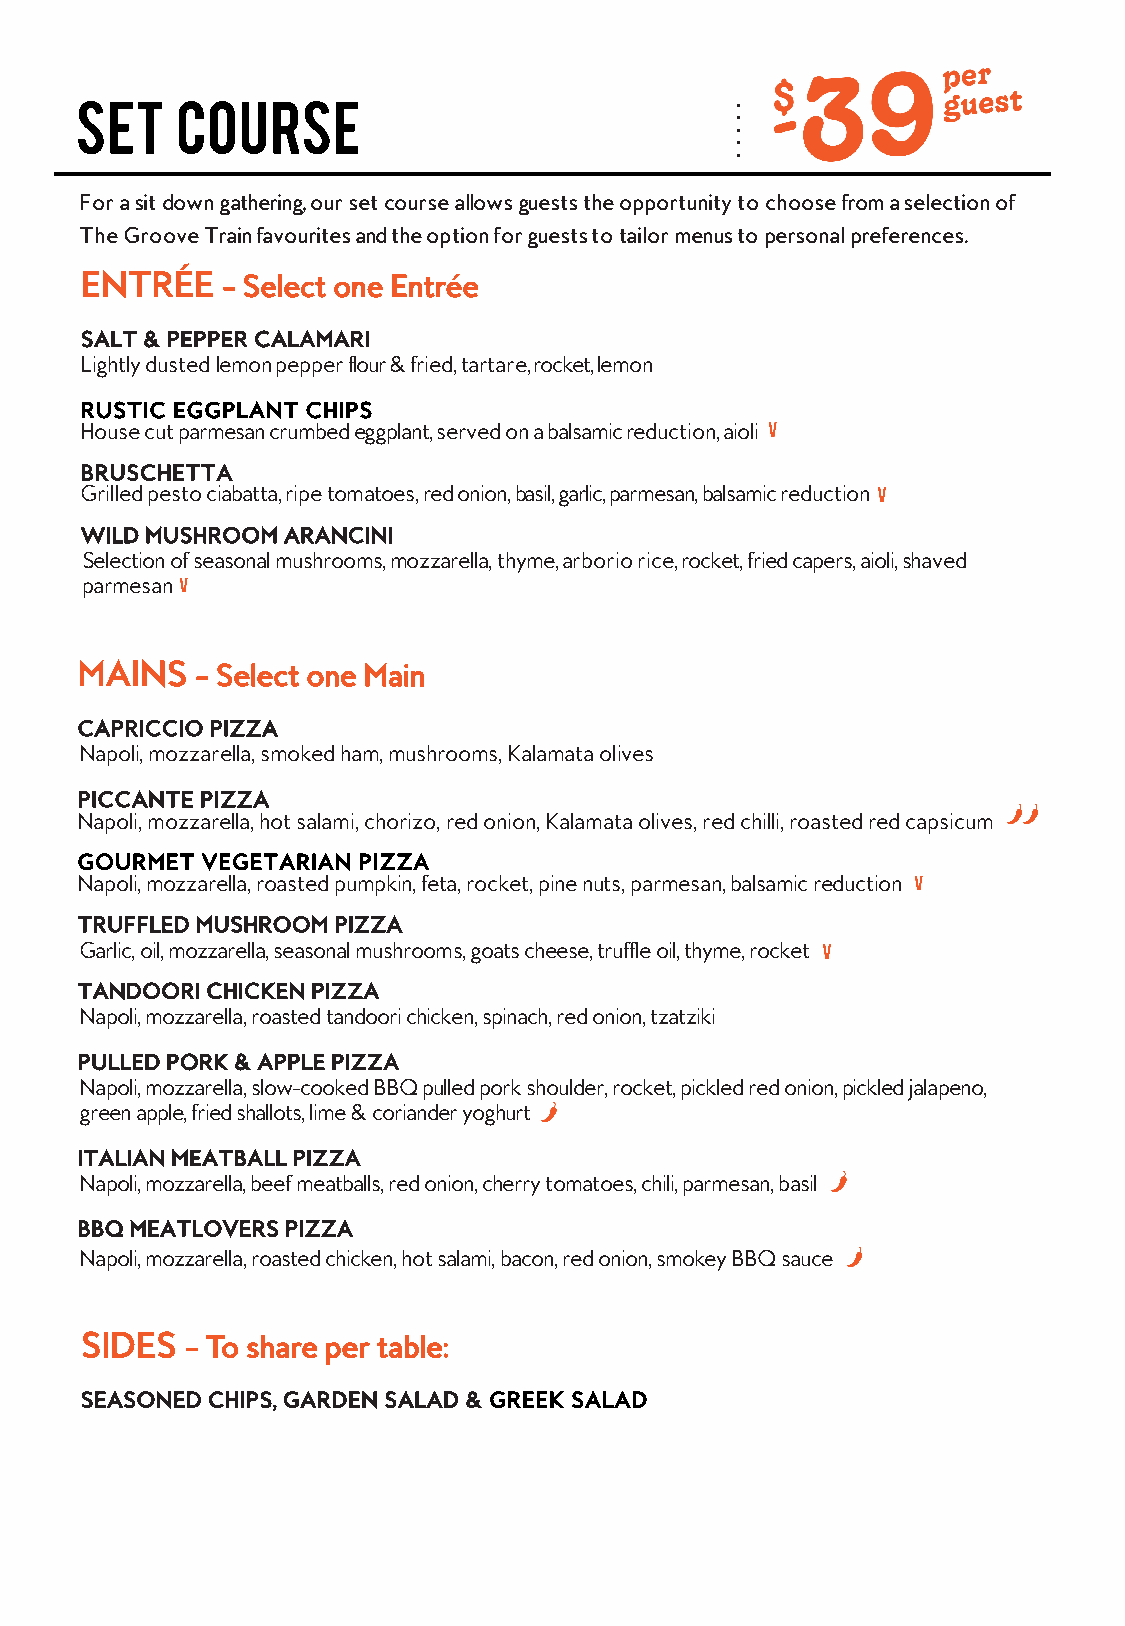
SET    COURSE
 For a sit down gathering, our set course allows guests the opportunity to choosefromaselectionof
 TheGrooveTrainfavouritesandtheoptionforgueststo tailor menus to personal preferences.
 ENTRÉE    –Select one Entrée
 SALT & PEPPER CALAMARI
 Lightly dusted lemonpepperflour & fried,tartare, rocket, lemon
 RUSTIC EGGPLANT CHIPS
 Housecutparmesancrumbedeggplant,servedonabalsamicreduction,aioli
 BRUSCHETTA
 Grilledpestociabatta,ripetomatoes,redonion,basil, garlic, parmesan,balsamicreduction
 WILD MUSHROOM ARANCINI
 Selection of seasonal mushrooms,mozzarella, thyme, arboriorice, rocket, fried capers, aioli, shaved
 parmesan
 MAINS   –Select one Main
 CAPRICCIO PIZZA
 Napoli, mozzarella, smoked ham, mushrooms, Kalamata olives
 PICCANTE PIZZA
 Napoli, mozzarella, hot salami, chorizo, red onion, Kalamata olives, red chilli, roasted red capsicum
 GOURMET VEGETARIAN PIZZA
 Napoli, mozzarella, roasted pumpkin, feta, rocket, pine nuts, parmesan,balsamic reduction
 TRUFFLED MUSHROOM PIZZA
 Garlic, oil, mozzarella, seasonal mushrooms, goats cheese, truffle oil, thyme, rocket
 TANDOORI CHICKEN PIZZA
 Napoli, mozzarella, roasted tandoori chicken, spinach, red onion, tzatziki
 PULLED PORK & APPLE PIZZA
 Napoli, mozzarella, slow-cooked BBQ pulled pork shoulder, rocket, pickled red onion, pickled jalapeno,
 green apple, fried shallots, lime & coriander yoghurt
 ITALIAN MEATBALL PIZZA
 Napoli, mozzarella, beef meatballs, red onion, cherry tomatoes, chili, parmesan, basil
 BBQ MEATLOVERS PIZZA
 Napoli, mozzarella, roasted chicken, hot salami, bacon, red onion, smokey BBQ sauce
 SIDES  –To share per table:
 SEASONED CHIPS, GARDEN SALAD & GREEK SALAD